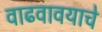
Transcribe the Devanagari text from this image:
वाढवावयाचे